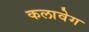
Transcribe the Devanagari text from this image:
कलावेग